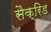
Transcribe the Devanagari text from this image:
सैक्रिड